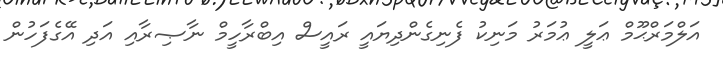
އަލްމަރްޙޫމް ޢަލީ ޢުމަރު މަނިކު ފެނިގެންދިޔައީ ރައީސް އިބްރާހީމް ނާޞިރާއި އަދި އޭގެފަހުން